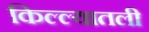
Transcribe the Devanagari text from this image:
किल्ल्यातली